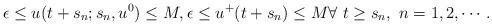
LaTeX: \begin{align*}\epsilon\le u(t+s_n;s_n,u^0)\le M,\epsilon\le u^+(t+s_n)\le M\forall \,\, t\ge s_n,\,\, n=1,2,\cdots.\end{align*}